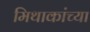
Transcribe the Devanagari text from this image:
मिथाकांच्या